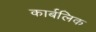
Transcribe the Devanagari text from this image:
कार्बलिक